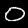
Digit: 0